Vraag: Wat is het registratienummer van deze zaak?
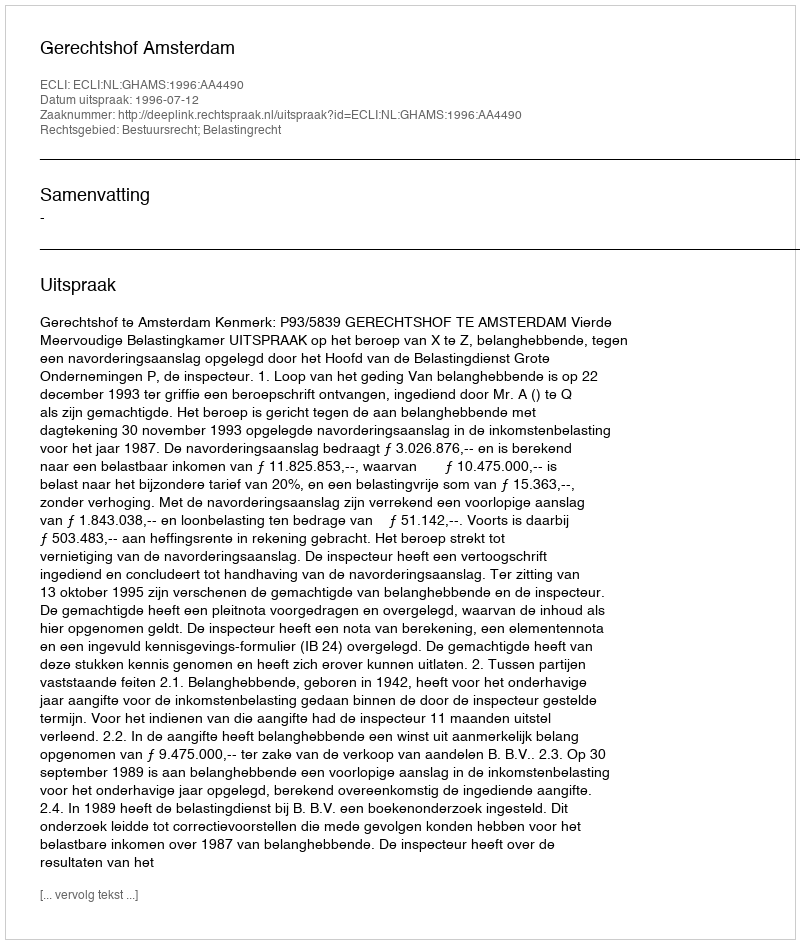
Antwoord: http://deeplink.rechtspraak.nl/uitspraak?id=ECLI:NL:GHAMS:1996:AA4490